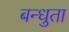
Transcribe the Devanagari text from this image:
बन्धुता